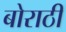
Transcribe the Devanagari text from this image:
बोराठी